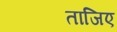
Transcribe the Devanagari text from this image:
ताजिए